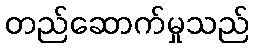
တည်ဆောက်မှုသည်